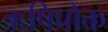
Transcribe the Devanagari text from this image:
ऋषिप्रोक्त